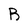
Character: B